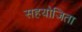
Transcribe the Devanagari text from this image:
सहयोजिता